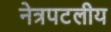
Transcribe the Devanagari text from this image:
नेत्रपटलीय